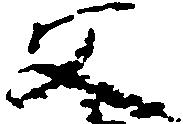
父